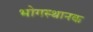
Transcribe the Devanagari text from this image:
भोगस्थानक